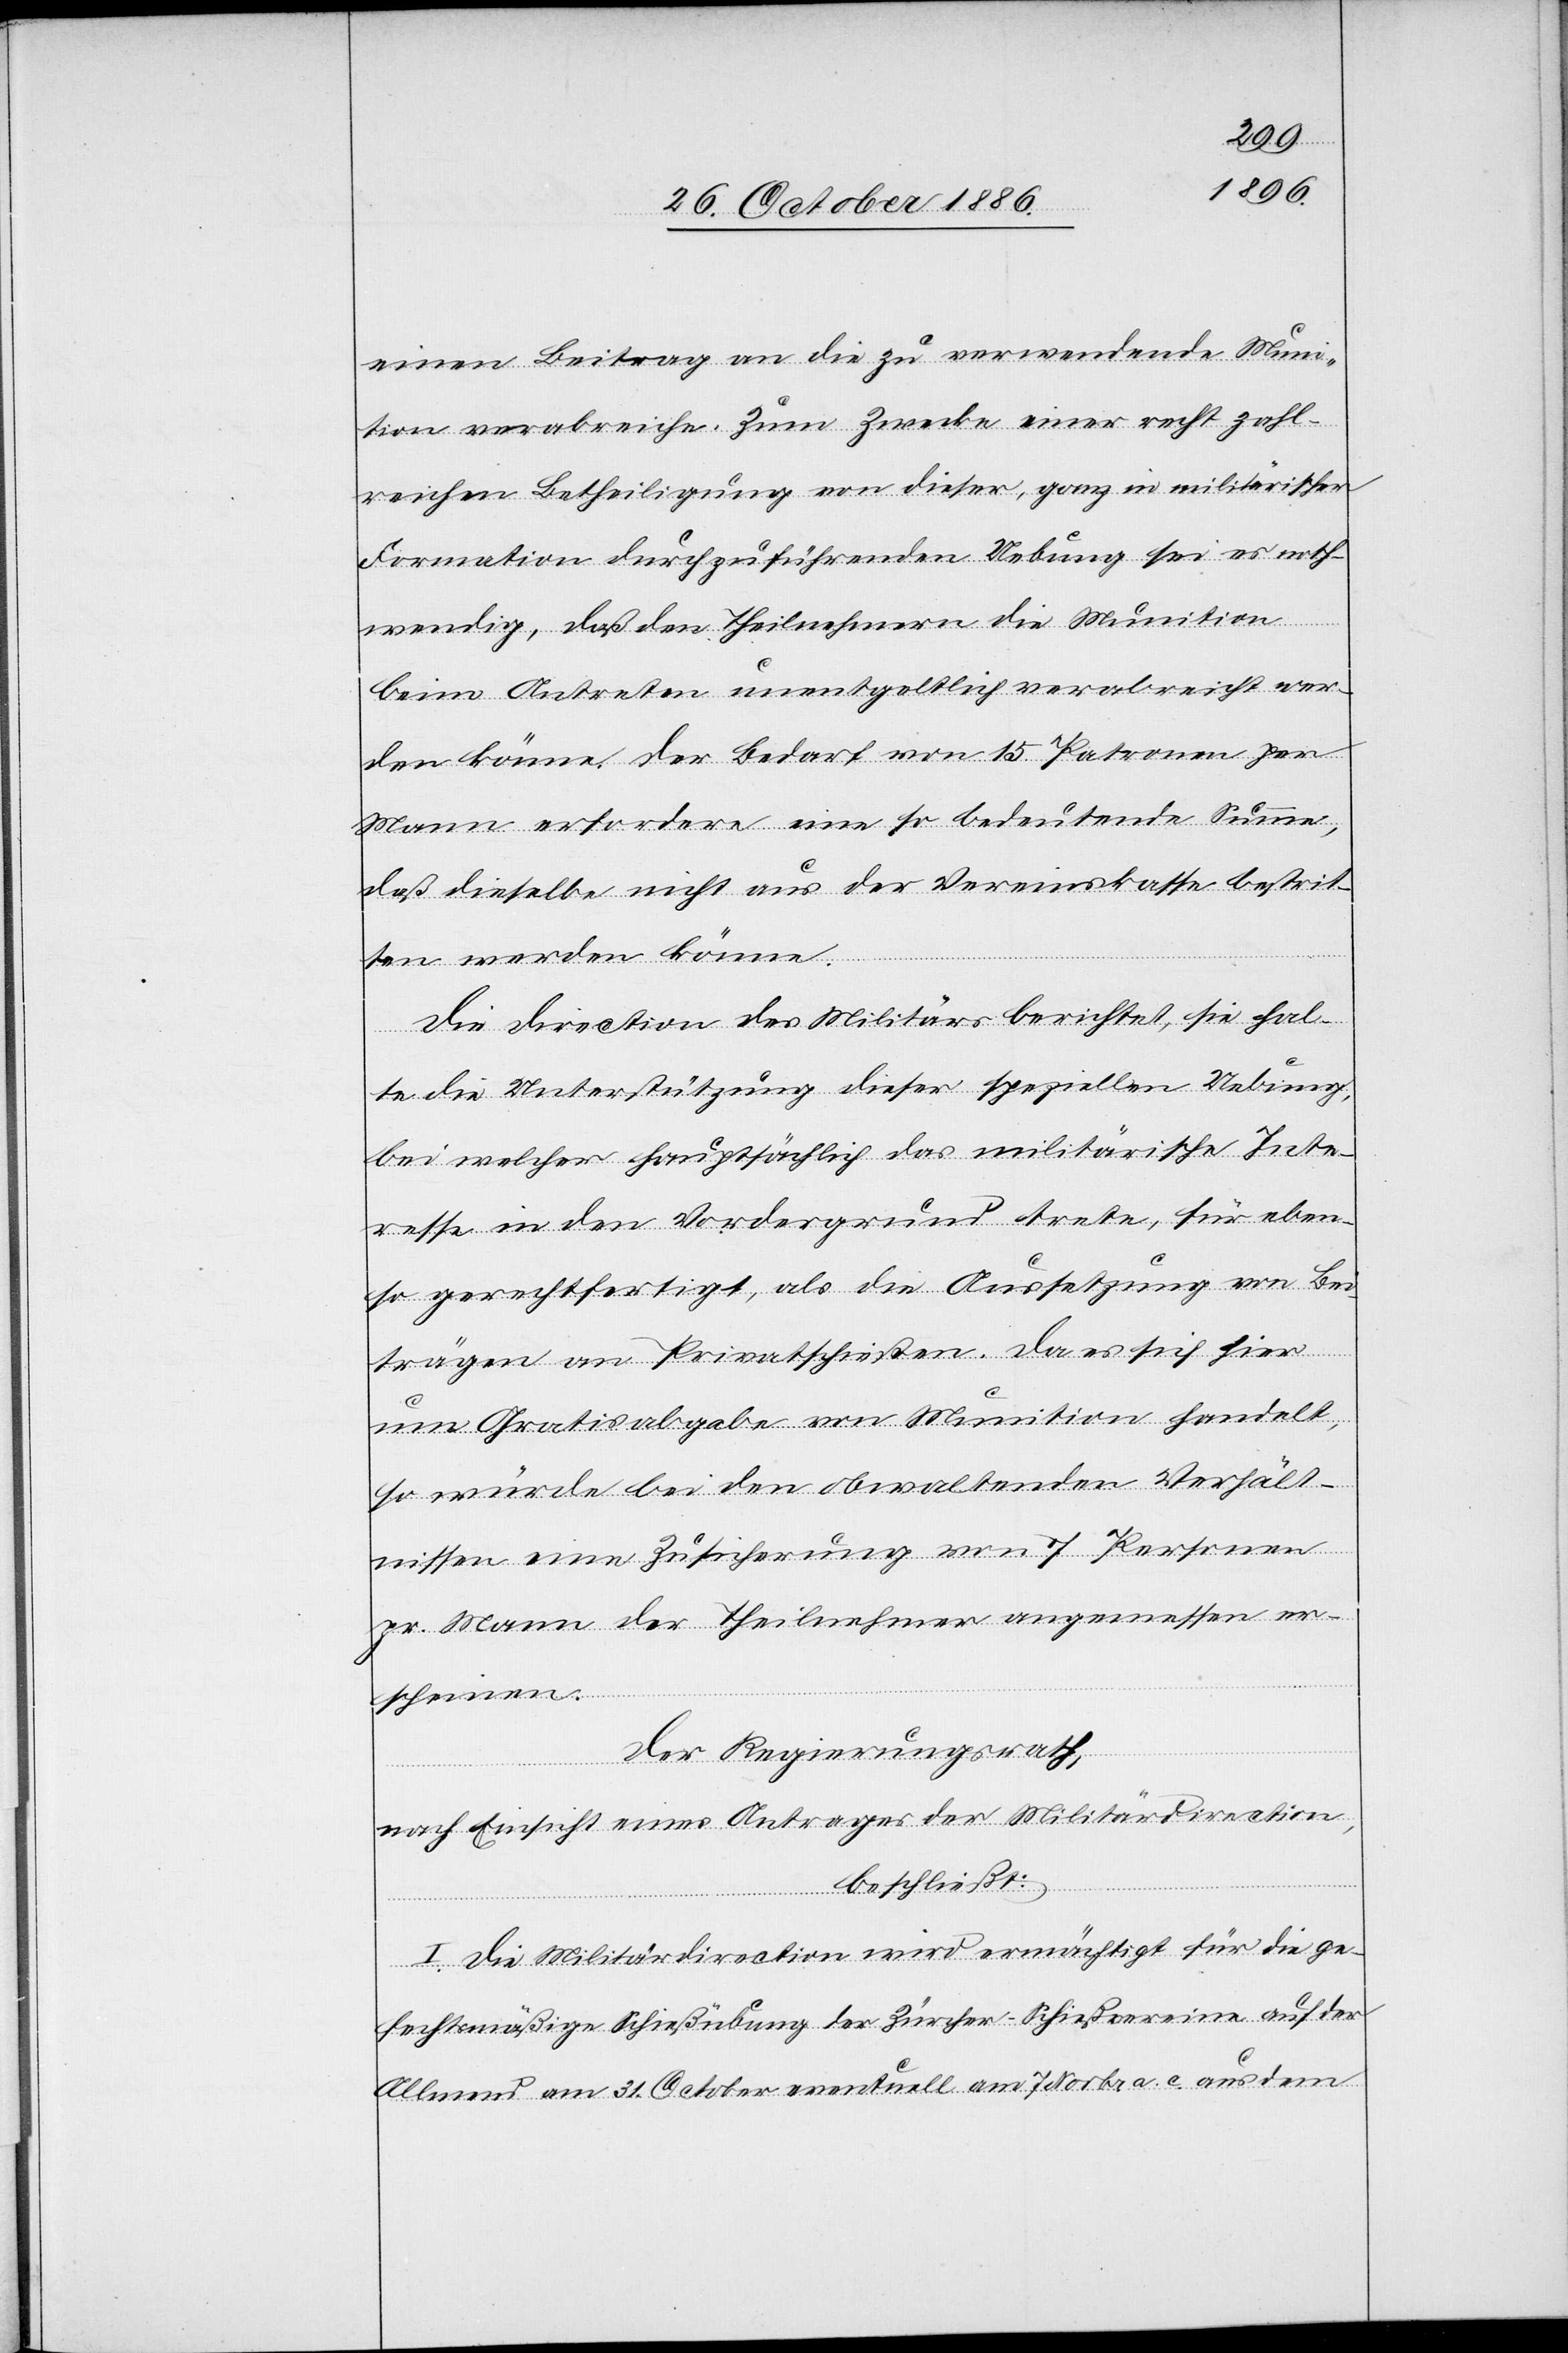
einen Beitrag an die zu verwendende Muni¬
tion verabreiche. Zum Zwecke einer recht zahl¬
reichen Betheiligung von dieser, ganz in militärischer
Formation durchzuführenden Uebung sei es noth¬
wendig, daß den Theilnehmern die Munition
beim Antreten unentgeltlich verabreicht wer¬
den könne. Der Bedarf von 15 Patronen per
Mann erfordere eine so bedeutende Summe,
daß dieselbe nicht aus der Vereinskasse bestrit¬
ten werden könne.
Die Direction des Militärs berichtet, sie hal¬
te die Unterstützung dieser speziellen Uebung,
bei welcher hauptsächlich das militärische Inte¬
resse in den Vordergrund trete, für eben¬
so gerechtfertigt, als die Aussetzung von Bei¬
trägen an Privatschießen. Da es sich hier
um Gratisabgabe von Munition handelt,
so würde bei den obwaltenden Verhält¬
nissen eine Zusicherung von 7 Personen
pr. Mann der Theilnehmer angemessen er¬
scheinen.
Der Regierungsrath,
nach Einsicht eines Antrages der Militärdirection,
beschließt:
I. Die Militärdirection wird ermächtigt für die ge¬
fechtmäßige Schießübung der Zürcher-Schießvereine auf der
Allmend am 31. October eventuell am 7. Novbr. a. c. aus dem